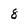
Character: 8